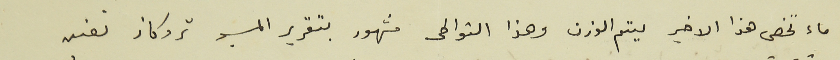
ماء تخص هذا الاخير ليتم الوزن وهذا التواطى مشهور بتقرير المسيو تروكاز نفسه